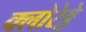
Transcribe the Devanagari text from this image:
क्‍लोरेट्टे